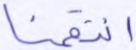
انتقمنا